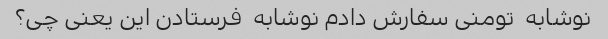
نوشابه  تومنی سفارش دادم نوشابه  فرستادن این یعنی چی؟